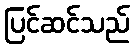
ပြင်ဆင်သည်